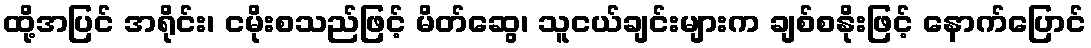
ထို့အပြင် အရိုင်း၊ ငမိုးစသည်ဖြင့် မိတ်ဆွေ၊ သူငယ်ချင်းများက ချစ်စနိုးဖြင့် နောက်ပြောင်